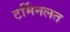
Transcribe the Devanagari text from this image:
टर्मिनलत